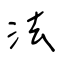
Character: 法